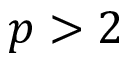
p > 2